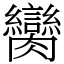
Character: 臠